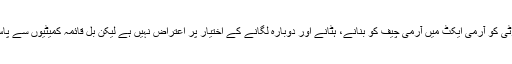
اس اجلاس میں بلاول بھٹو نے واضح کیا کہ پیپلزپارٹی کو آرمی ایکٹ میں آرمی چیف کو بنانے، ہٹانے اور دوبارہ لگانے کے اختیار پر اعتراض نہیں ہے لیکن بل قائمہ کمیٹیوں سے پاس ہوں اور پارٹی کی ترامیم کو زیر غور لايا جائے۔